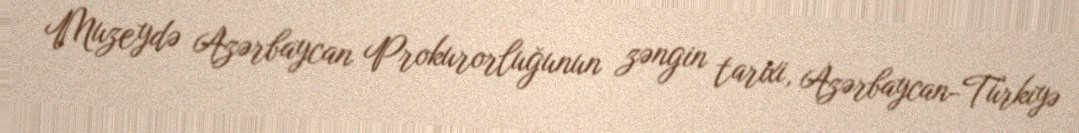
Muzeydə Azərbaycan Prokurorluğunun zəngin tarixi, Azərbaycan-Türkiyə